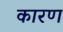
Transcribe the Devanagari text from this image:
कारण्‍ा